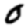
Digit: 0